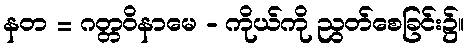
နတ = ဂတ္တဝိနာမေ - ကိုယ်ကို ညွတ်စေခြင်း၌။